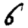
Digit: 6